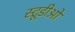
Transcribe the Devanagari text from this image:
स्टूडीओ